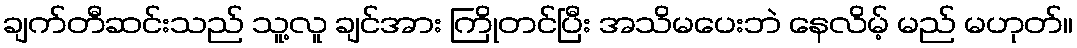
ချက်တီဆင်းသည် သူ့လူ ချင်အား ကြိုတင်ပြီး အသိမပေးဘဲ နေလိမ့် မည် မဟုတ်။